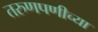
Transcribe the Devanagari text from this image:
तरुणपणीच्या